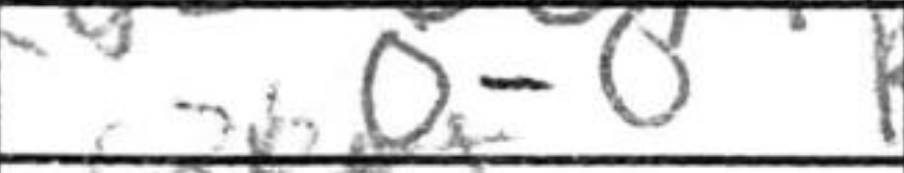
Transcription: O-O